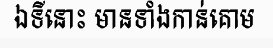
ឯទីនោះ មានទាំងកាន់គោម